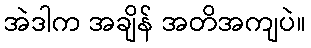
အဲဒါက အချိန် အတိအကျပဲ။